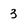
Character: 3